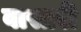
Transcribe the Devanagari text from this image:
वासारी